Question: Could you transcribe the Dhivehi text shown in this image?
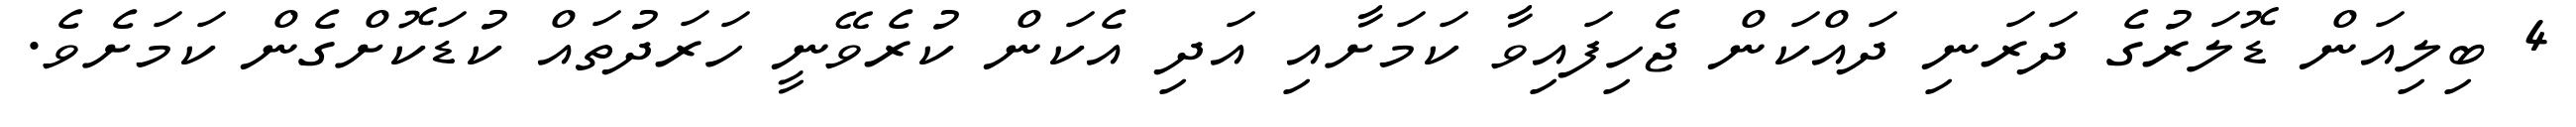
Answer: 4 ބިލިއަން ޑޮލަރުގެ ދަރަނި ދައްކަން ޖެހިފައިވާ ކަމަށާއި އަދި އެކަން ކުރެވޭނީ ހަރަދުތައް ކުޑަކޮށްގެން ކަމަށެވެ.